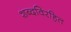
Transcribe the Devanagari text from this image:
शब्दविरहित